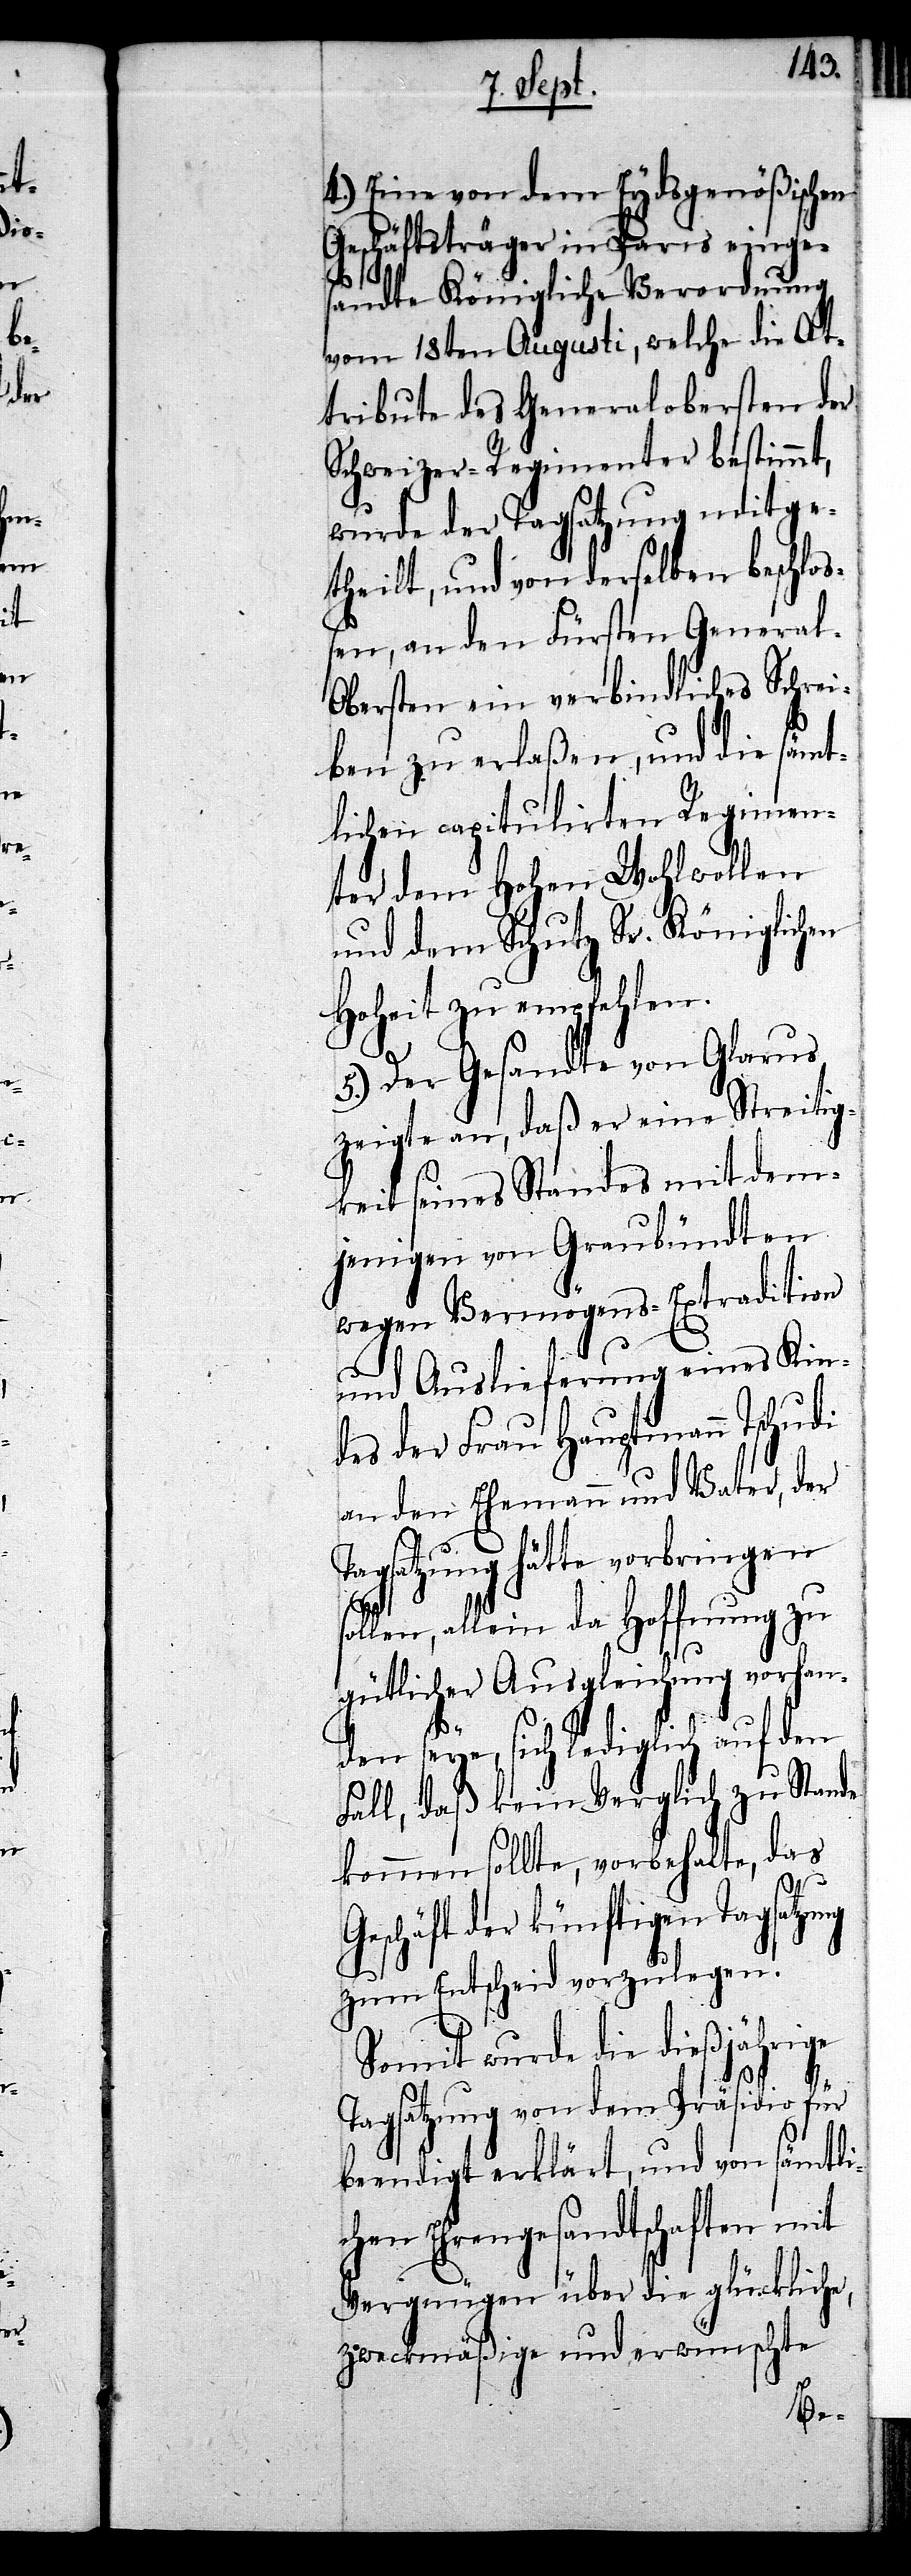
4.) Eine von dem Eydsgenößischen
Geschäftsträger in Paris einge¬
sandte Königliche Verordnung
vom 18ten Augusti, welche die At¬
tribute des Generalobersten der
Schweizer-Regimenter bestimmt,
ung
wurde der Tagsatzung mitge¬
theilt, und von derselben beschloß¬
en, an den Fürsten Genera¬
bersten ein verbindliches Schrei¬
ben zu erlaßen, und die sämt¬
lichen capitulirten Regimen¬
ter dem Hohen Wohlwollen
und dem Schutz Sr. Königlichen
Hoheit zu empfehlen.
5.) Der Gesandte von Glarus
zeigte an, daß er eine Streitig¬
keit seines Standes mit dem¬
jenigen von Graubündten
wegen Vermögens-Extradition
und Auslieferung eines Kin¬
des der Frau Hauptmann Tschudi
an den Ehemann und Vater, der
Tagsatzung hätte vorbringen
sollen, allein da Hoffnung zu
gütlicher Ausgleichung vorhan¬
den seye, sich lediglich auf den
Fall, daß kein Verglich zu Stande
kommen sollte, vorbehalte, das
Geschäft der künftigen Tagsatz¬
zum Entscheid vorzulegen.
Somit wurde die dießjährige
Tagsatzung von dem Präsidio für
beendigt erklärt, und von sämtli¬
chen Ehrengesandtschaften mit
Vergnügen über die glückliche,
zweckmäßige und erwünschte